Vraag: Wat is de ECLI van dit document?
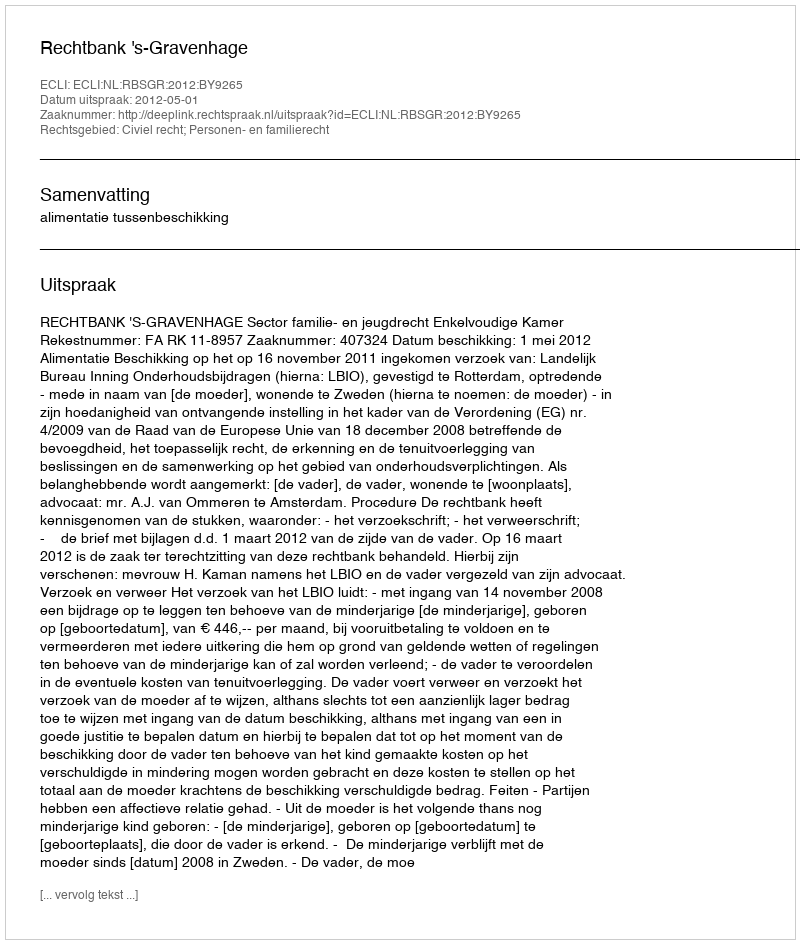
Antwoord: ECLI:NL:RBSGR:2012:BY9265